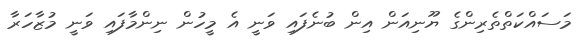
މަސައްކަތްތެރިންގެ ޔޫނިއަން އިން ބުނެފައި ވަނީ އެ މީހުން ނިންމާފައި ވަނީ މުޒާހަރާ